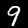
Digit: 9